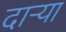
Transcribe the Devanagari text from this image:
दाऱ्या